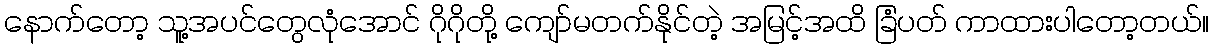
နောက်တော့ သူ့အပင်တွေလုံအောင် ဂိုဂိုတို့ ကျော်မတက်နိုင်တဲ့ အမြင့်အထိ ခြံပတ် ကာထားပါတော့တယ်။